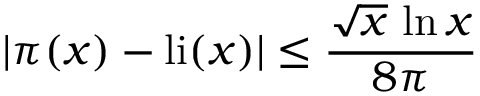
| \pi ( x ) - \mathrm { { l i } } ( x ) | \leq { \frac { { \sqrt { x } } \, \ln x } { 8 \pi } }